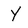
Character: Y